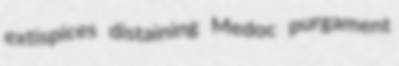
extispices distaining Medoc purgament